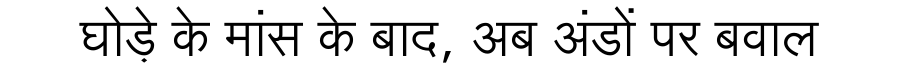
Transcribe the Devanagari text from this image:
घोड़े के मांस के बाद, अब अंडों पर बवाल